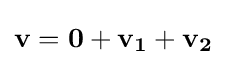
{\textbf {v}}={\textbf {0}}+{\textbf {v}}_{\textbf {1}}+{\textbf {v}}_{\textbf {2}}